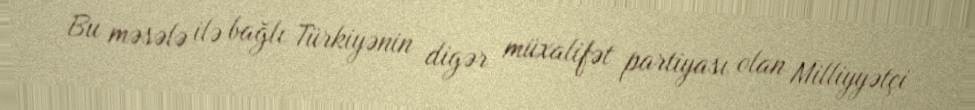
Bu məsələ ilə bağlı Türkiyənin digər müxalifət partiyası olan Milliyyətçi